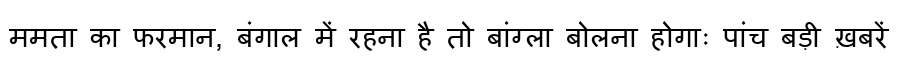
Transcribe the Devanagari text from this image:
ममता का फरमान, बंगाल में रहना है तो बांग्ला बोलना होगाः पांच बड़ी ख़बरें